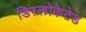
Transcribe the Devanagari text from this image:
डिस्लोकेटेड